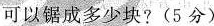
可以锯成多少块?(5分)